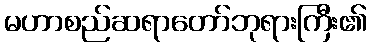
မဟာစည်ဆရာတော်ဘုရားကြီး၏